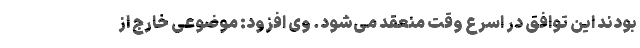
بودند این توافق در اسرع وقت منعقد می‌شود. وی افزود: موضوعی خارج از